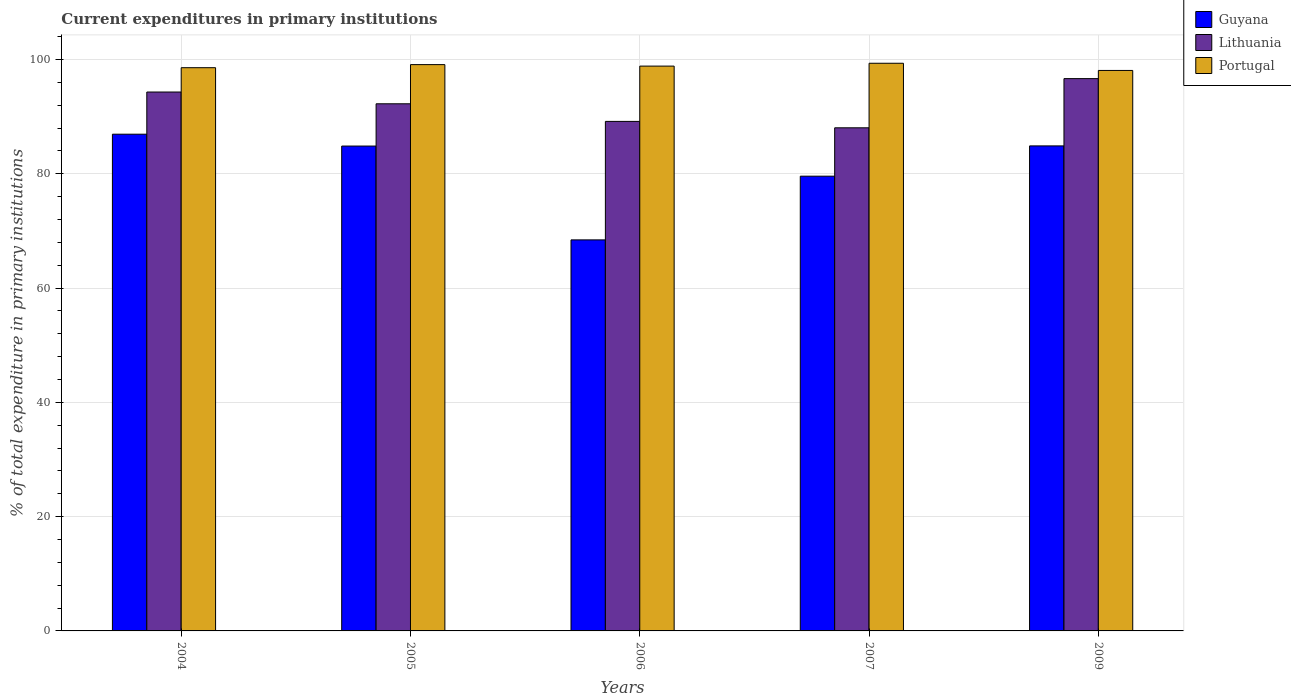
| Years | Guyana | Lithuania | Portugal |
 | --- | --- | --- | --- |
 | 2004 | 86.9 | 94.3 | 98.6 |
 | 2005 | 84.8 | 92.2 | 99.1 |
 | 2006 | 68.4 | 89.2 | 98.8 |
 | 2007 | 79.6 | 88 | 99.3 |
 | 2009 | 84.9 | 96.6 | 98.1 |